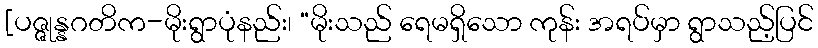
[ပဇ္ဇုန္နဂတိက-မိုးရွာပုံနည်း၊ “မိုးသည် ရေမရှိသော ကုန်း အရပ်မှာ ရွာသည့်ပြင်